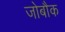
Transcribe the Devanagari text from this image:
जोबौक